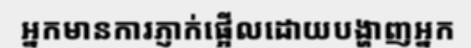
អ្នកមានការភ្ញាក់ផ្អើលដោយបង្ហាញអ្នក